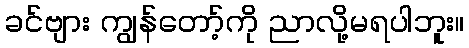
ခင်ဗျား ကျွန်တော့်ကို ညာလို့မရပါဘူး။